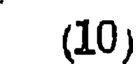
(10)